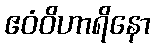
ဧဝံဝိဟာရိနော